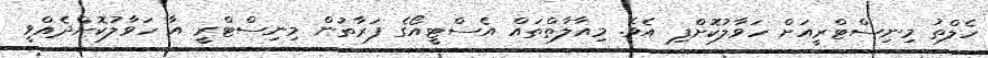
ހެލްތު މިނިސްޓްރީއަށް ހަވާލުކޮށްފި އެވެ. މިއާލާތްތައް އެސްޓީއޯގެ ފަރާތުން މިނިސްޓްރީ އާ ހަވާލުކޮށްދެއްވީ